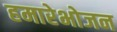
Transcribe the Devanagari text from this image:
हमारेभोजन